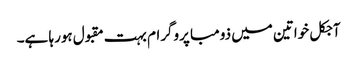
آجکل خواتین میں ذومبا پروگرام بہت مقبول ہورہا ہے۔